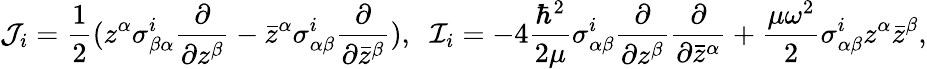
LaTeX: {\cal J}_{i}=\frac{1}{2}(z^{\alpha}\sigma_{\beta\alpha}^{i}\frac{\partial}{\partial z^{\beta}}-{\bar{z}}^{\alpha}\sigma_{\alpha\beta}^{i}\frac{\partial}{\partial{\bar{z}}^{\beta}}),\; \; {\cal I}_{i}=-4\frac{\hbar^{2}}{2\mu}\sigma_{\alpha\beta}^{i}\frac{\partial}{\partial z^{\beta}}\frac{\partial}{\partial{\bar{z}}^{\alpha}}+\frac{\mu\omega^{2}}{2}\sigma_{\alpha\beta}^{i}z^{\alpha}{\bar{z}}^{\beta},